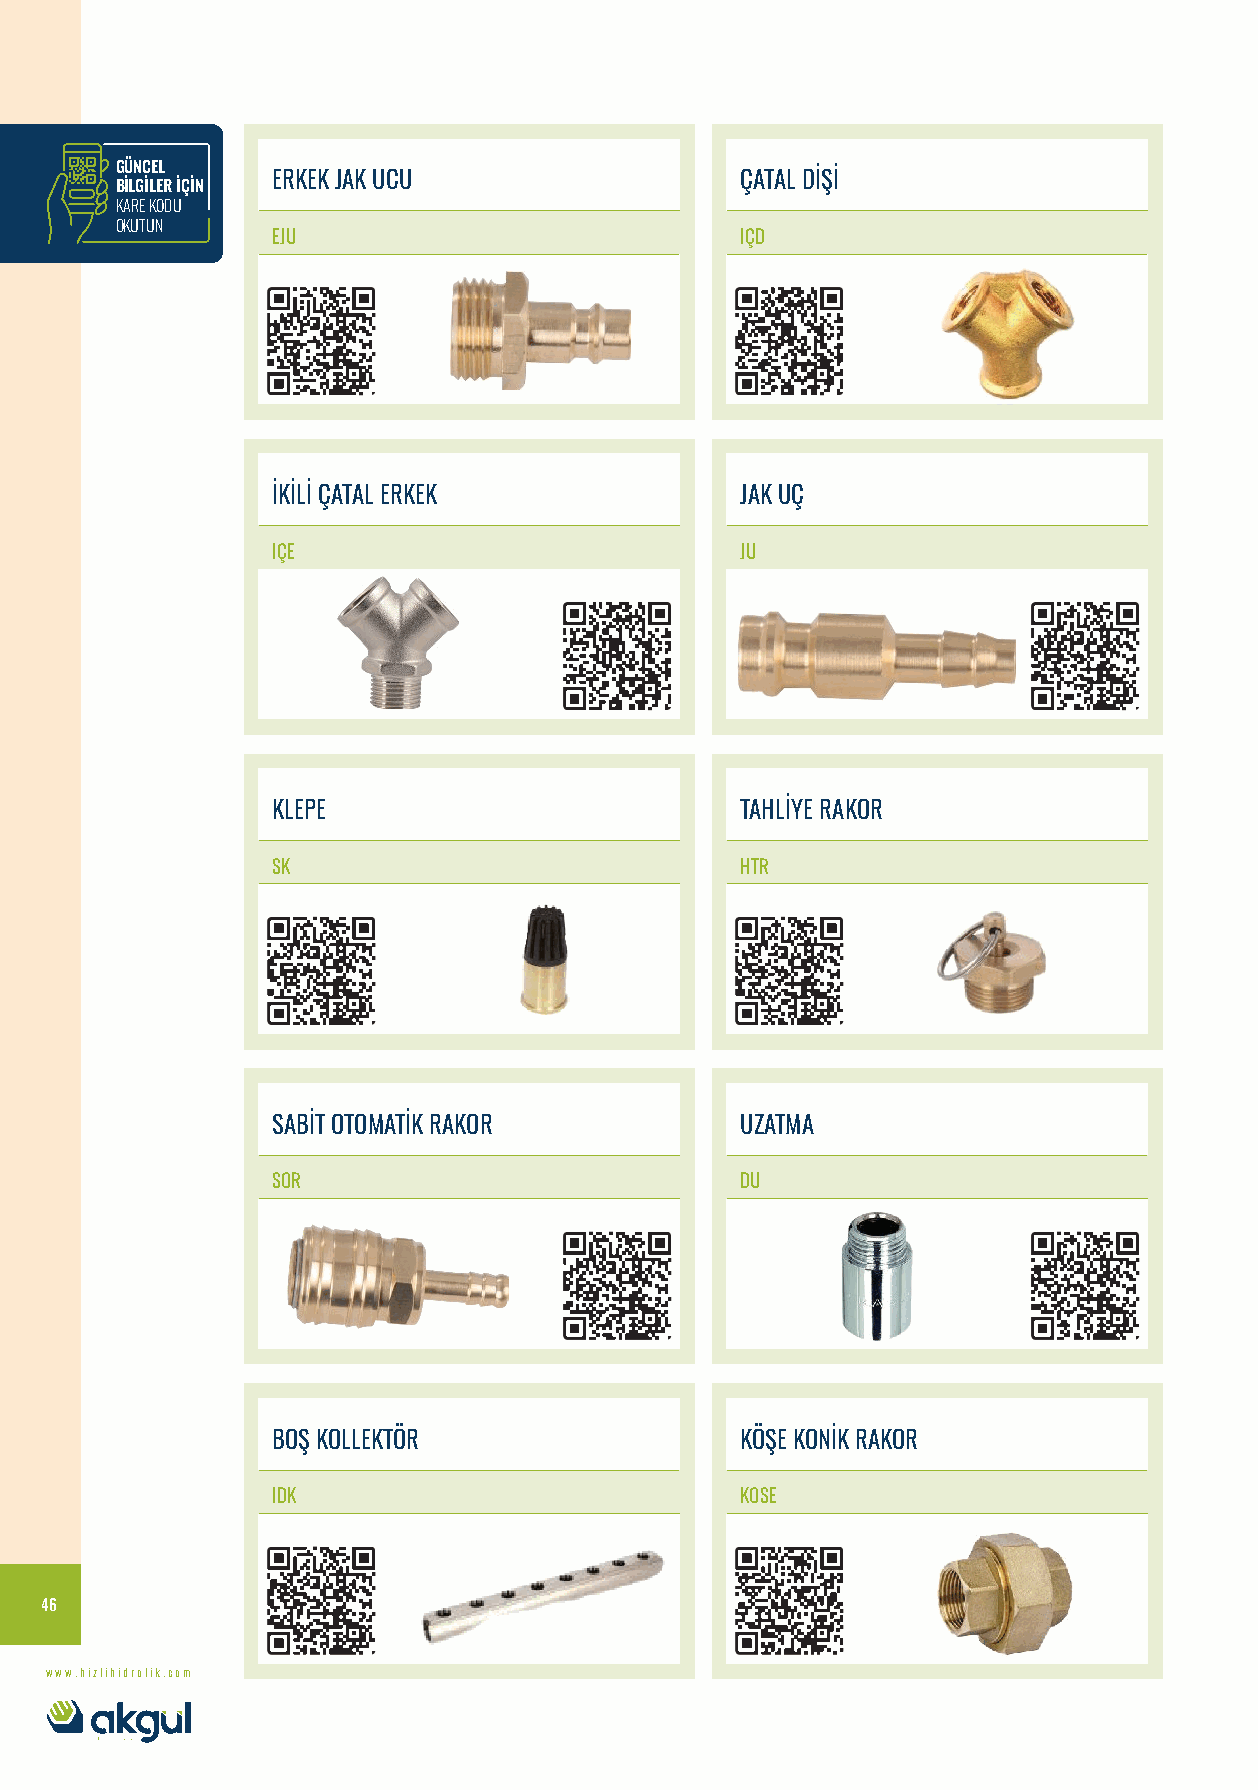
GÜNCEL
 ERKEK JAK UCU                  ÇATAL DİŞİ
 BİLGİLER İÇİN
 KARE KODU
 OKUTUN
 EJU                            IÇD
 İKİLİ ÇATAL ERKEK              JAK UÇ
 IÇE                            JU
 KLEPE                          TAHLİYE RAKOR
 SK                             HTR
 SABİT OTOMATİK RAKOR           UZATMA
 SOR                            DU
 BOŞ KOLLEKTÖR                  KÖŞE KONİK RAKOR
 IDK                            KOSE
 46
 www.hizlihidrolik.com